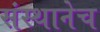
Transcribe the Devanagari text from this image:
संस्थानेच